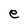
Character: e